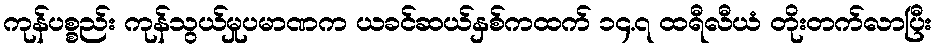
ကုန်ပစ္စည်း ကုန်သွယ်မှုပမာဏက ယခင်ဆယ်နှစ်ကထက် ၁၄.၇ ထရီလီယံ တိုးတက်လာပြီး